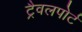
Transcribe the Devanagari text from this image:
ट्रैवलपोर्ट